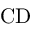
\mathrm { C D }